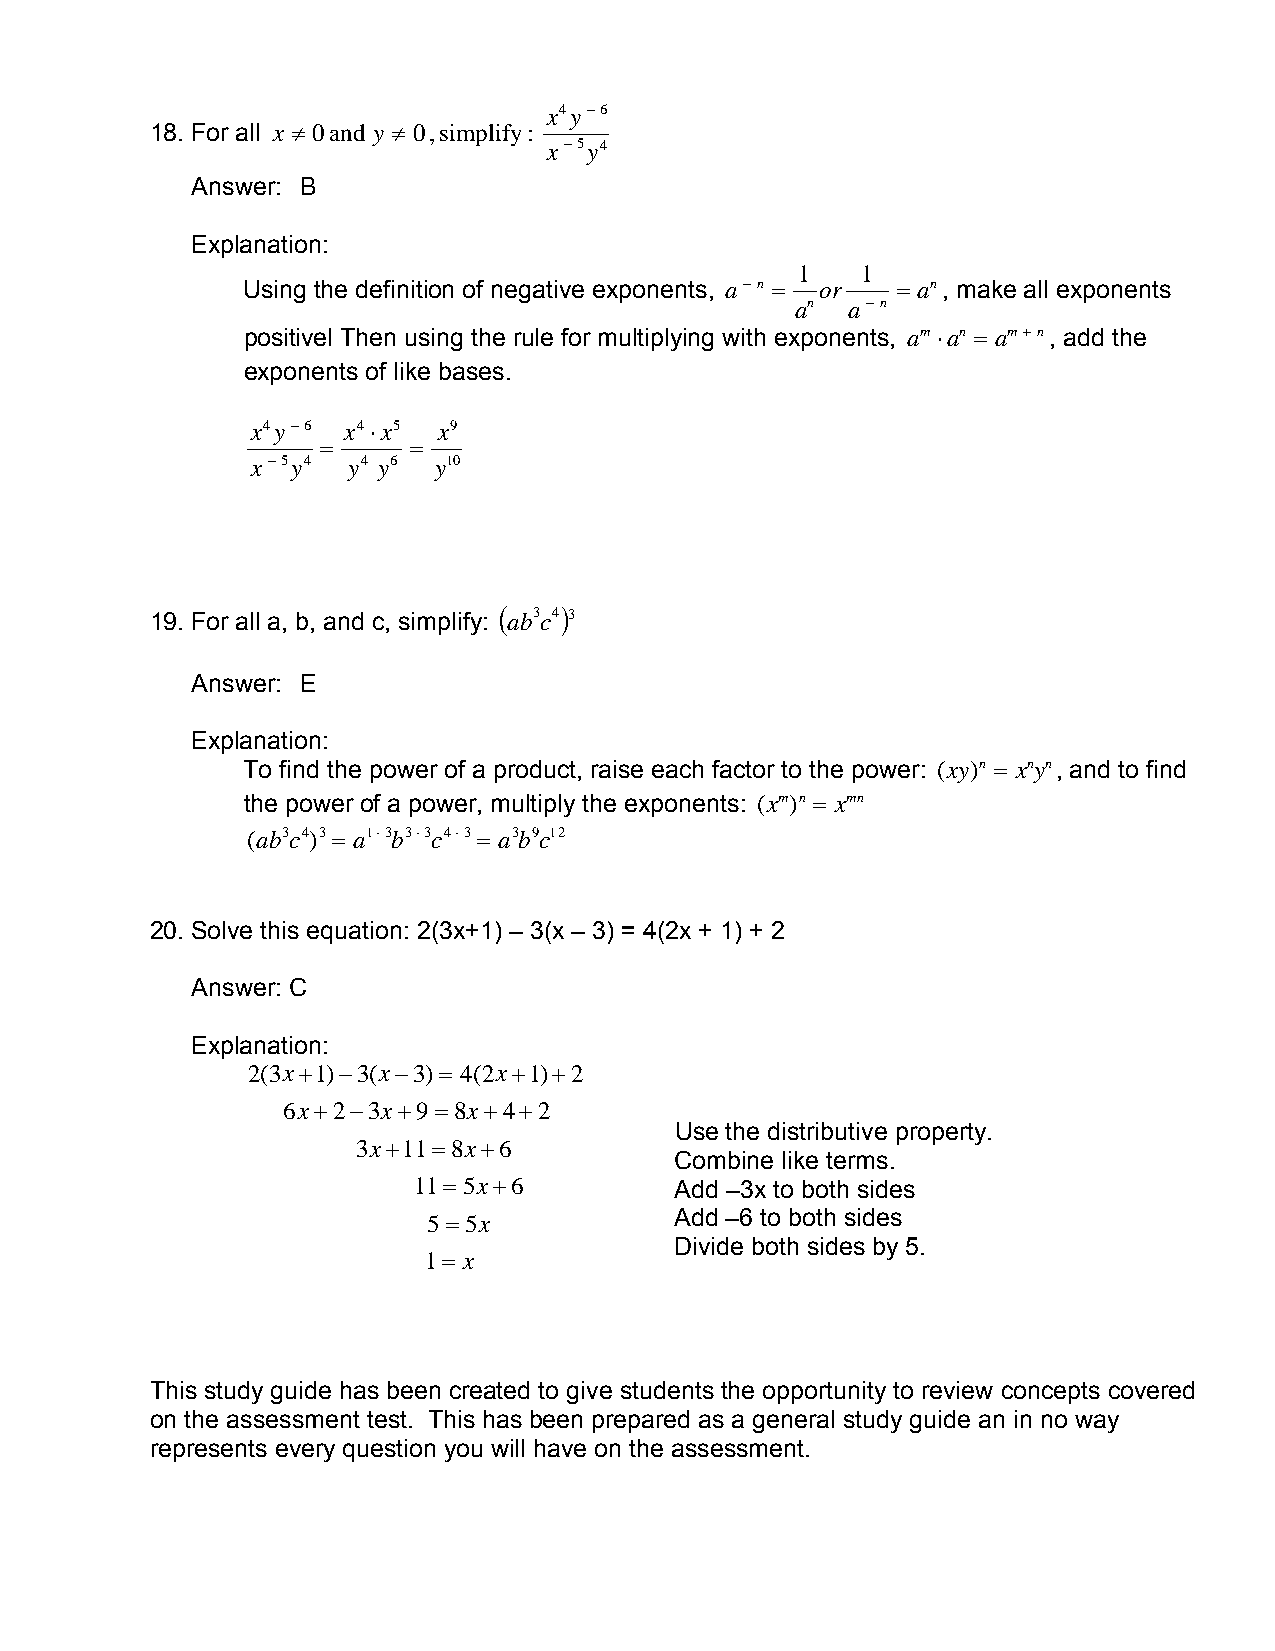
x4y−6
 18. For all x ≠ 0 and y ≠ 0 , simplify:
 x−5y4
 Answer: B
 Explanation:
 1   1
 Using the definition of negative exponents, a−n = or = an, make all exponents
 an a−n
 positivel Then using the rule for multiplying with exponents, am ⋅an = am+n, add the
 exponents of like bases.
 x4y−6 x4⋅x5 x9
 =     =
 x−5y4 y4 y6 y10
 19. For all a, b, and c, simplify: ( ab3c4)3
 Answer: E
 Explanation:
 To find the power of a product, raise each factor to the power: (xy)n = xnyn, and to find
 the power of a power, multiply the exponents: (xm)n = xmn
 (ab3c4)3 = a1⋅3b3⋅3c4⋅3 = a3b9c12
 20. Solve this equation: 2(3x+1) – 3(x – 3) = 4(2x + 1) + 2
 Answer: C
 Explanation:
 2(3x+ 1)−3( x−3)= 4(2x+1)+2
 6x+2−3x+9=8x+4+2
 Use the distributive property.
 3x+11=8x+6
 Combine like terms.
 11= 5x+6          Add –3x to both sides
 5= 5x            Add –6 to both sides
 Divide both sides by 5.
 1= x
 This study guide has been created to give students the opportunity to review concepts covered
 on the assessment test. This has been prepared as a general study guide an in no way
 represents every question you will have on the assessment.